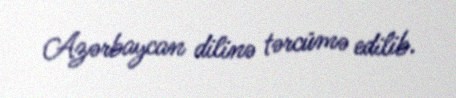
Azərbaycan dilinə tərcümə edilib.